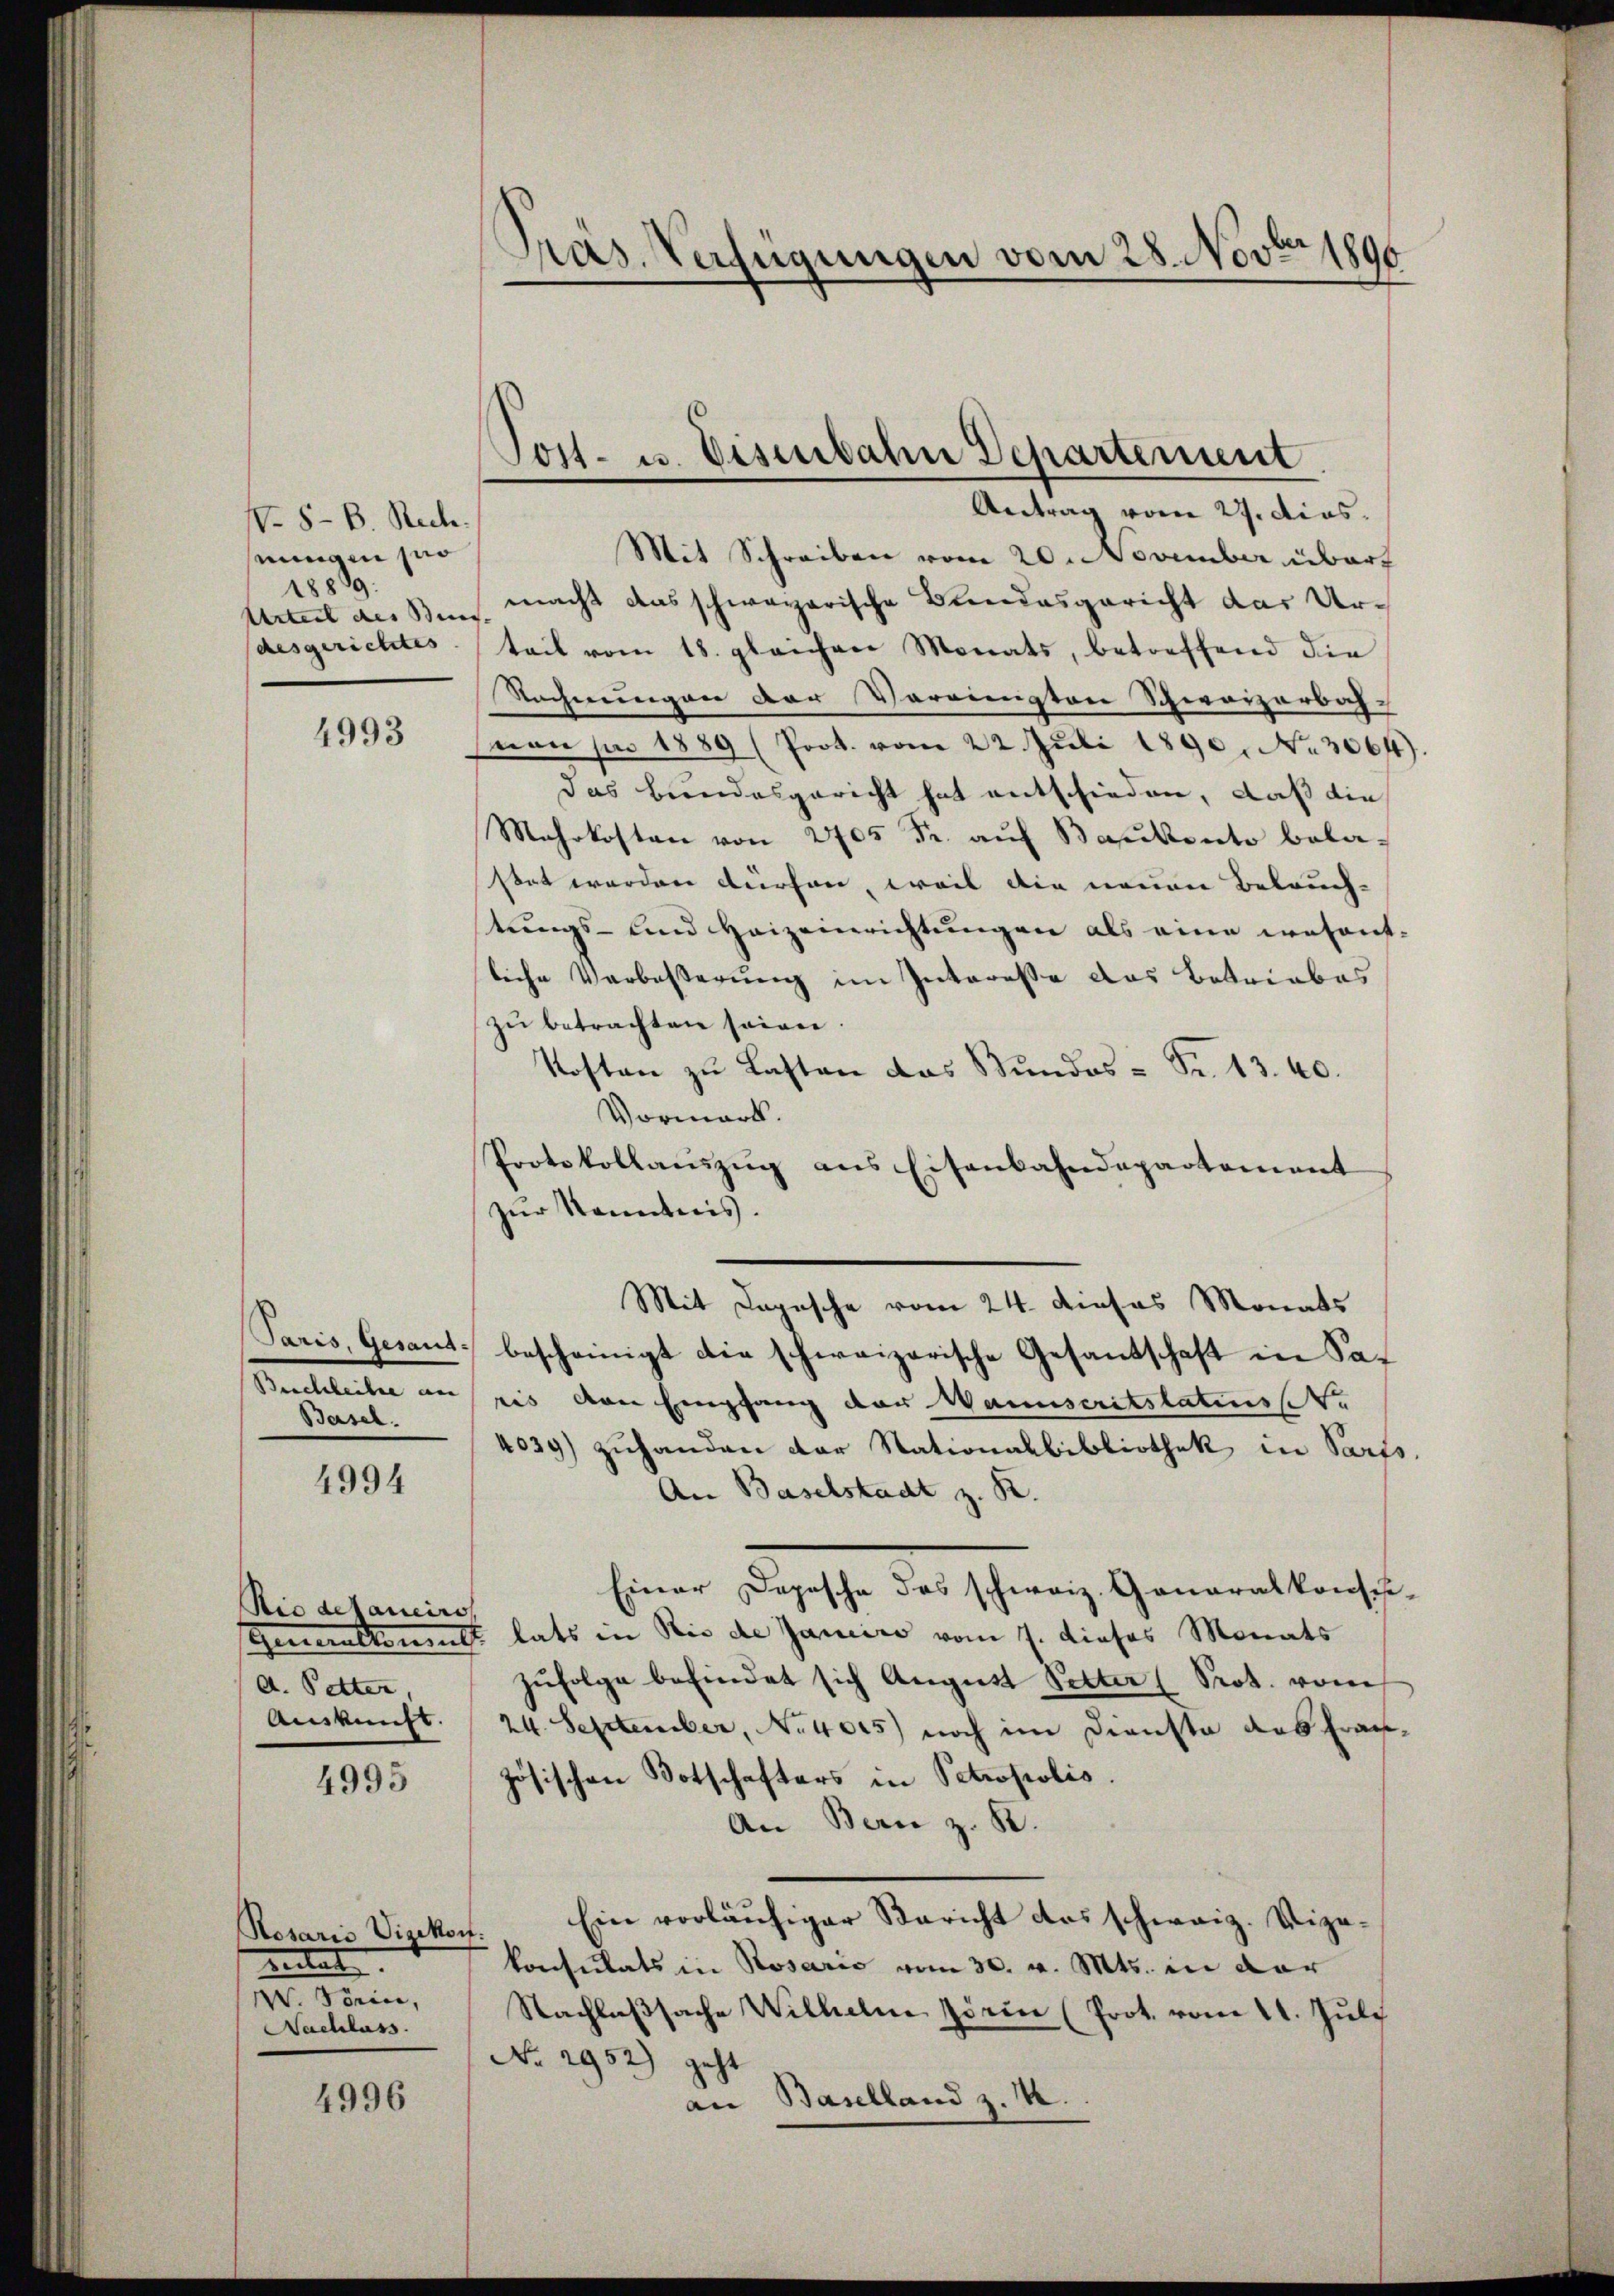
No. 8. B. Rech
eingen so
18889:

4993

Beschleihe an |
Basel.

4994

Rio delancirs
d. Petter,

4995

Rosaris Vizekoif:
reitet.
W. Törice,
Nachlass

4996

Antrag vom 27. dies
Mit Schreiben vom 20. November über
Urteil des Bens. macht das schweizerische Bundesgericht das Urdesgerichtes teil vom 18. gleichen Monats, betreffend die
Rechnungen der Vereinigten Schweizerbah-
non sie 1889 (Poot. vom 22. Juli 1890. No. 3064).
das Bundesgericht hat entschieden, daß die
Mehrkosten von 2705 Fr. auf Bankonto belastet werden dürfen, weil die neuen Beleuch-
tungs- und Heizeinrichtungen als eine wesent-
liche Verbeßerung im Interesse das Betriebes
zŭ betrachten seien.
Kosten zu Lasten das Bundes- Fr. 13. 40.
Vormark.
Protokollauszug aus Eisenbahndepartement
zur Kenntnis.
Mit Depesche vom 24. Dieses Monats
Paris, Gesant bescheinigt die schweizerische Gesandschaft in Saris von Empfang der Wanuscritstatiste
4039) zuhanden der Stationalbibliothek in Parts.
An Baselstadt z. R.
Einer Depesche das schweiz. Generalkonse-
Generalemalt lats in Rio de Janeiro vom 7. dieses Monats
zufolge befindet sich August Petter (Prot. vom
Auskunft. 24. September, No 4025) noch im Dienste das Fraujösischen Botschafters in Petropolis.
An Bern z. B.
Ein vorläufiger Bericht das schweiz. Vizekonsulats in Rosario vom 30. v. Mts. in der
Nachlaßsache Wilhelm Zörin (Prot. vom 11. Juli
No. 2952) geht
an Baselland z. B.

.
Präs. Verfügungen vom 28. Novbr 1890

Tost- u. Eisenbahn Departement